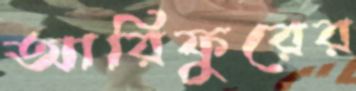
আরিফুরের